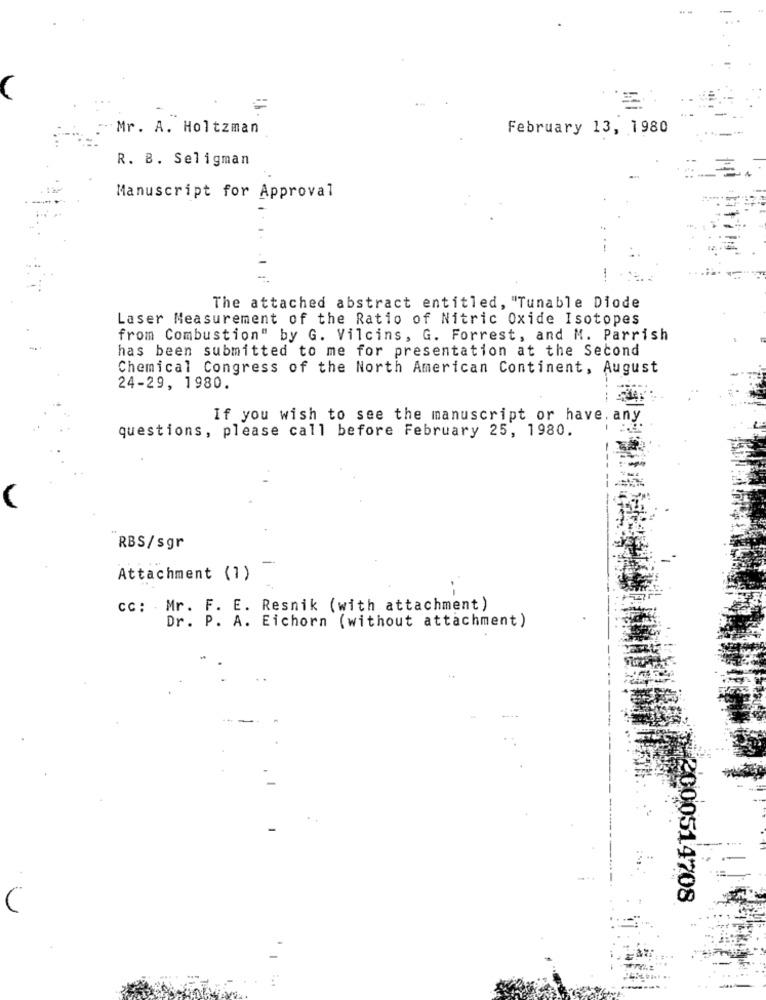
Mr. A. Holtzman
February 13, 1980
R. B. Seligman
Manuscript for Approval
The attached abstract entitled, "Tunable Diode
Laser Measurement of the Ratio of Nitric Oxide Isotopes
from Combustion" by G. Vilcins, G. Forrest, and M. Parrish
has been submitted to me for presentation at the Second
Chemical Congress of the North American Continent, August
24-29, 1980.
If you wish to see the manuscript or have. any
questions, please call before February 25, 1980.
RBS/sgr
Attachment (1)
cc: Mr. F. E. Resnik (with attachment)
Dr. P. A. Eichorn (without attachment)
+2000514708
C